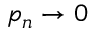
p _ { n } \to 0